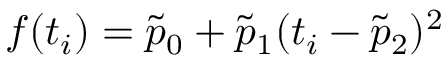
f ( t _ { i } ) = \tilde { p } _ { 0 } + \tilde { p } _ { 1 } ( t _ { i } - \tilde { p } _ { 2 } ) ^ { 2 }